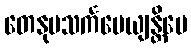
တေနုပသင်္ကမေယျန္တိပေ